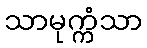
သာမုက္ကံသာ